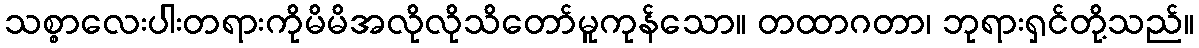
သစ္စာလေးပါးတရားကိုမိမိအလိုလိုသိတော်မူကုန်သော။ တထာဂတာ၊ ဘုရားရှင်တို့သည်။